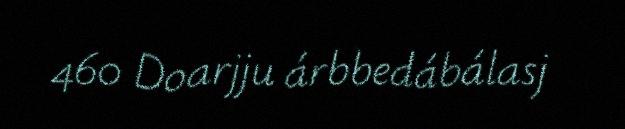
460 Doarjju árbbedábálasj